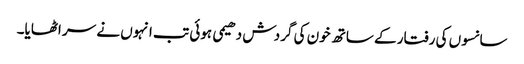
سانسوں کی رفتار کے ساتھ خون کی گردش دھیمی ہوئی تب انہوں نے سر اٹھایا۔